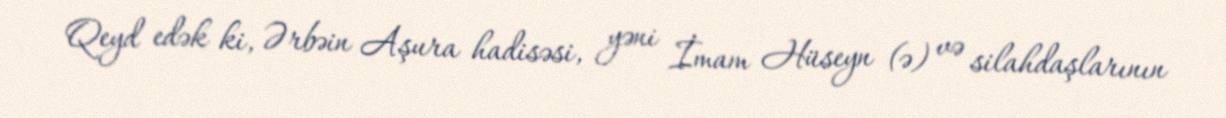
Qeyd edək ki, Ərbəin Aşura hadisəsi, yəni İmam Hüseyn (ə) və silahdaşlarının